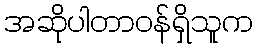
အဆိုပါတာဝန်ရှိသူက